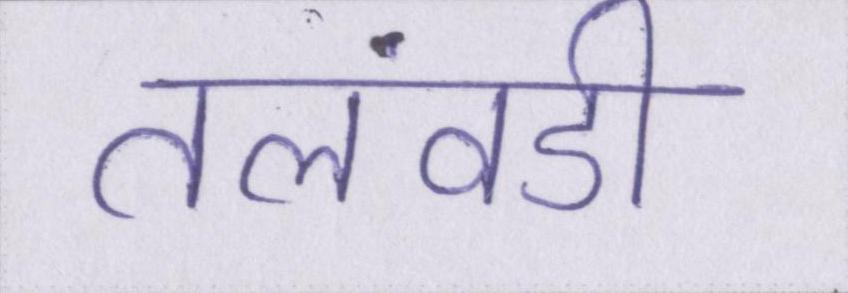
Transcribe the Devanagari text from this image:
तलवंडी